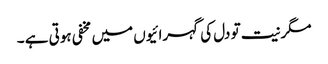
مگر نیت تو دل کی گہرائیوں میں مخفی ہوتی ہے ۔